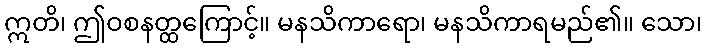
ဣတိ၊ ဤဝစနတ္ထကြောင့်။ မနသိကာရော၊ မနသိကာရမည်၏။ သော၊